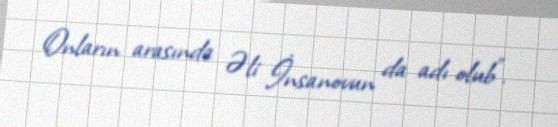
Onların arasında Əli İnsanovun da adı olub”.